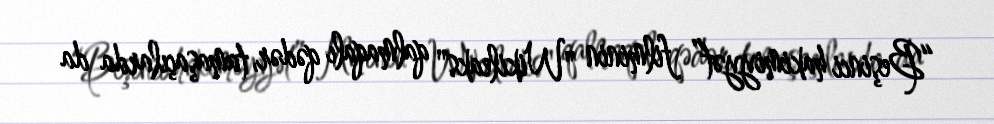
“Beşinci hakimiyyət” filminin "Wikileaks" qalmaqalı qədər, tamaşaçılarda da